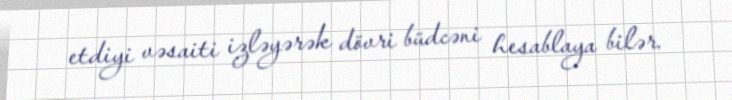
etdiyi vəsaiti izləyərək dövri büdcəni hesablaya bilər.